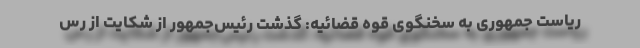
ریاست جمهوری به سخنگوی قوه قضائیه: گذشت رئیس‌جمهور از شکایت از رس